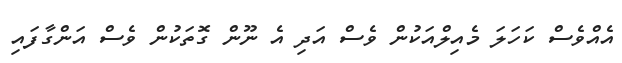
އެއްވެސް ކަހަލަ މެއިލްއަކުން ވެސް އަދި އެ ނޫން ގޮތަކުން ވެސް އަންގާފައި